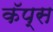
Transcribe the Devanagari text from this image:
कॅप्स